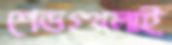
শেডগুলোই